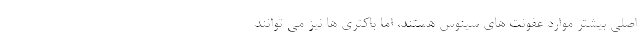
اصلی بیشتر موارد عفونت های سینوس هستند، اما باکتری ها نیز می توانند